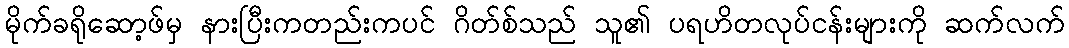
မိုက်ခရိုဆော့ဖ်မှ နားပြီးကတည်းကပင် ဂိတ်စ်သည် သူ၏ ပရဟိတလုပ်ငန်းများကို ဆက်လက်